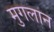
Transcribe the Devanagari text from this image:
मुगलान